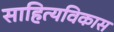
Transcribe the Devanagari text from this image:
साहित्यविकास